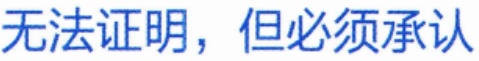
无法证明，但必须承认